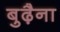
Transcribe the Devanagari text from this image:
बुढ़ैना